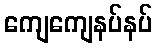
ကျေကျေနပ်နပ်